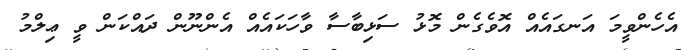
އެހެންވީމަ އަނގައެއް އޮވެގެން މޮޅު ސަޅިބާސާ ވާހަކައެއް އެންނޫން ދައްކަން ވީ ޢިލްމު